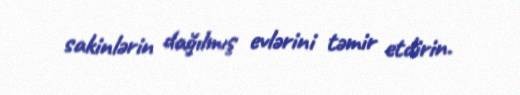
sakinlərin dağılmış evlərini təmir etdirin.